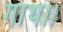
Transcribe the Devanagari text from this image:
गाथ।।